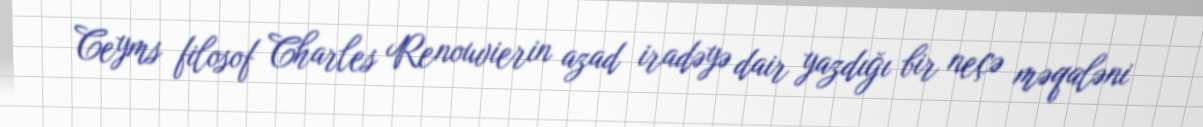
Ceyms filosof Charles Renouvierin azad iradəyə dair yazdığı bir neçə məqaləni